Vaccination returns of the Province of Eastern Bengal and Assam - 1905-1912
Year: 1905
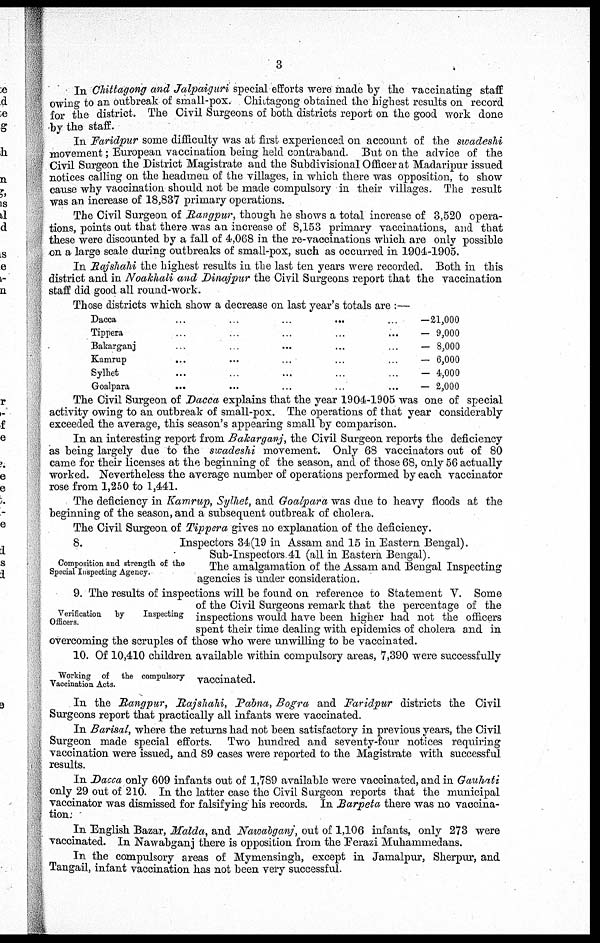
3
In Chittagong and Jalpaiguri special efforts were made by the vaccinating staff
owing to an outbreak of small-pox. Chittagong obtained the highest results on record
for the district. The Civil Surgeons of both districts report on the good work done
by the staff.
In Faridpur some difficulty was at first experienced on account of the swadeshi
movement; European vaccination being held contraband. But on the advice of the
Civil Surgeon the District Magistrate and the Subdivisional Officer at Madaripur issued
notices calling on the headmen of the villages, in which there was opposition, to show
cause why vaccination should not be made compulsory in their villages. The result
was an increase of 18,837 primary operations.
The Civil Surgeon of Rangpur, though he shows a total increase of 3,520 opera-
tions, points out that there was an increase of 8,153 primary vaccinations, and that
these were discounted by a fall of 4,068 in the re-vaccinations which are only possible
on a large scale during outbreaks of small-pox, such as occurred in 1904-1905.
In Rajshahi the highest results in the last ten years were recorded. Both in this
district and in Noakhali and Dinajpur the Civil Surgeons report that the vaccination
staff did good all round-work.
Those districts which show a decrease on last year's totals are :—
Dacca
...
...
...
...
Tippera
... ... ... ...
Bakarganj ... ... ... ...
Kamrup ... ... ... ...
Sylhet... ... ... ...
Goalpara
... ... ... ...
—21,000
— 9,000
— 8,000
— 6,000
— 4,000
— 2,000
The Civil Surgeon of Dacca explains that the year 1904-1905 was one of special
activity owing to an outbreak of small-pox. The operations of that year considerably
exceeded the average, this season's appearing small by comparison.
In an interesting report from Bakarganj, the Civil Surgeon reports the deficiency
as being largely due to the swadeshi movement. Only 68 vaccinators out of 80
came for their licenses at the beginning of the season, and of those 68, only 56 actually
worked. Nevertheless the average number of operations performed by each vaccinator
rose from 1,250 to 1,441.
The deficiency in Kamrup, Sylhet, and Goalpara was due to heavy floods at the
beginning of the season, and a subsequent outbreak of cholera.
The Civil Surgeon of Tippera gives no explanation of the deficiency.
Composition and strength of the
Special Inspecting Agency.
8.
Inspectors 34(19 in Assam and 15 in Eastern Bengal).
Sub-Inspectors.41 (all in Eastern Bengal).
The amalgamation of the Assam and Bengal Inspecting
agencies is under consideration.
Verification
by
Inspecting
Officers.
9. The results of inspections will be found on reference to Statement V. Some
of the Civil Surgeons remark that the percentage of the
inspections would have been higher had not the officers
spent their time dealing with epidemics of cholera and in
overcoming the scruples of those who were unwilling to be vaccinated.
Working of the compulsory
Vaccination Acts.
10. Of 10,410 children available within compulsory areas, 7,390 were successfully
vaccinated.
In the Rangpur, Rajshahi, Pabna, Bogra and Faridpur districts the Civil
Surgeons report that practically all infants were vaccinated.
In Barisal, where the returns had not been satisfactory in previous years, the Civil
Surgeon made special efforts. Two hundred and seventy-four notices requiring
vaccination were issued, and 89 cases were reported to the Magistrate with successful
results.
In Dacca only 609 infants out of 1,789 available were vaccinated, and in Gauhati
only 29 out of 210. In the latter case the Civil Surgeon reports that the municipal
vaccinator was dismissed for falsifying his records. In Barpeta there was no vaccina-
tion.
In English Bazar, Malda, and Nawabganj, out of 1,106 infants, only 273 were
vaccinated. In Nawabganj there is opposition from the Ferazi Muhammedans.
In the compulsory areas of Mymensingh, except in Jamalpur, Sherpur, and
Tangail, infant vaccination has not been very successful.